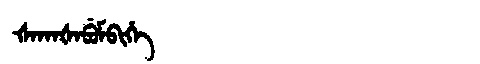
Manchu: ᡧᠠᡴᠠᡧᠠᠪᡠᠮᠪᡳᡥᡝ
Romanization: ŠAKAŠABUMBIHE